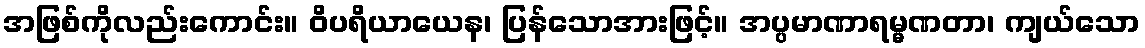
အဖြစ်ကိုလည်းကောင်း။ ဝိပရိယာယေန၊ ပြန်သောအားဖြင့်။ အပ္ပမာဏာရမ္မဏတာ၊ ကျယ်သော